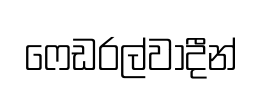
ෆෙඩරල්වාදීන්